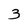
Character: 3